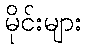
မိုင်းများ